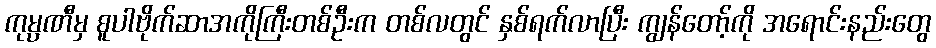
ကုမ္ပဏီမှ စူပါဗိုက်ဆာအကိုကြီးတစ်ဦးက တစ်လတွင် နှစ်ရက်လာပြီး ကျွန်တော့်ကို အရောင်းနည်းတွေ